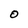
Character: O